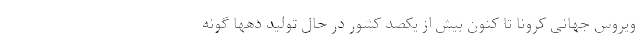
ویروس جهانی کرونا تا کنون بیش از یکصد کشور در حال تولید دهها گونه